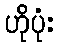
ဟိုပုံး